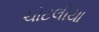
ચોટલીયા